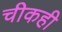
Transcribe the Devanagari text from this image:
चीकही